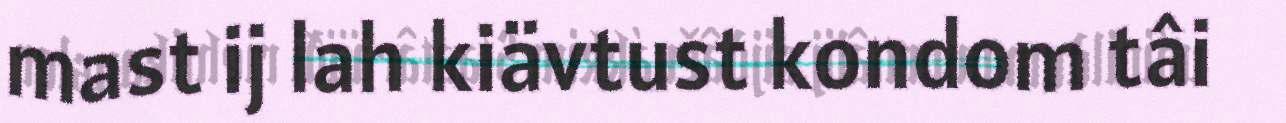
mast ij lah kiävtust kondom tâi